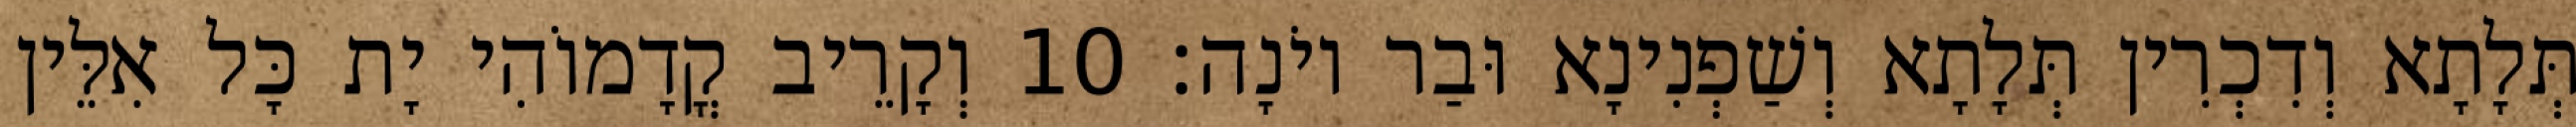
תְּלָתָא וְדִכְרִין תְּלָתָא וְשַׁפְנִינָא וּבַר יוֹנָה׃ 10 וְקָרֵיב קֳדָמוֹהִי יָת כָּל אִלֵּין